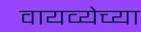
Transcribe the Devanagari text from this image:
वायव्येच्या